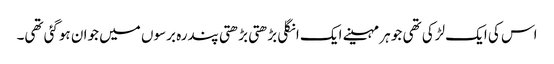
اس کی ایک لڑکی تھی جو ہر مہینے ایک انگلی بڑھتی بڑھتی پندرہ برسوں میں جوان ہوگئی تھی۔